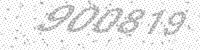
Solution: 900819